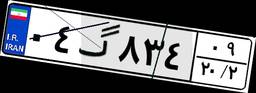
۰۴گ۸۳۴۰۹